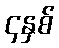
၄နှစ်